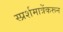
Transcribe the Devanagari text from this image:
स्प्रर्शमात्रेंकरून